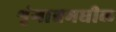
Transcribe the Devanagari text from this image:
शृंगाश्वमधील